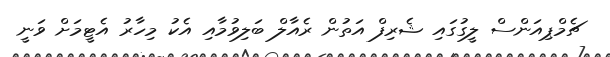
ޗެމްޕިއަންސް ލީގުގައި ޝެރިފް އަތުން ރެއާލް ބަލިވުމާއި އެކު މިހާރު އެޓީމަށް ވަނީ